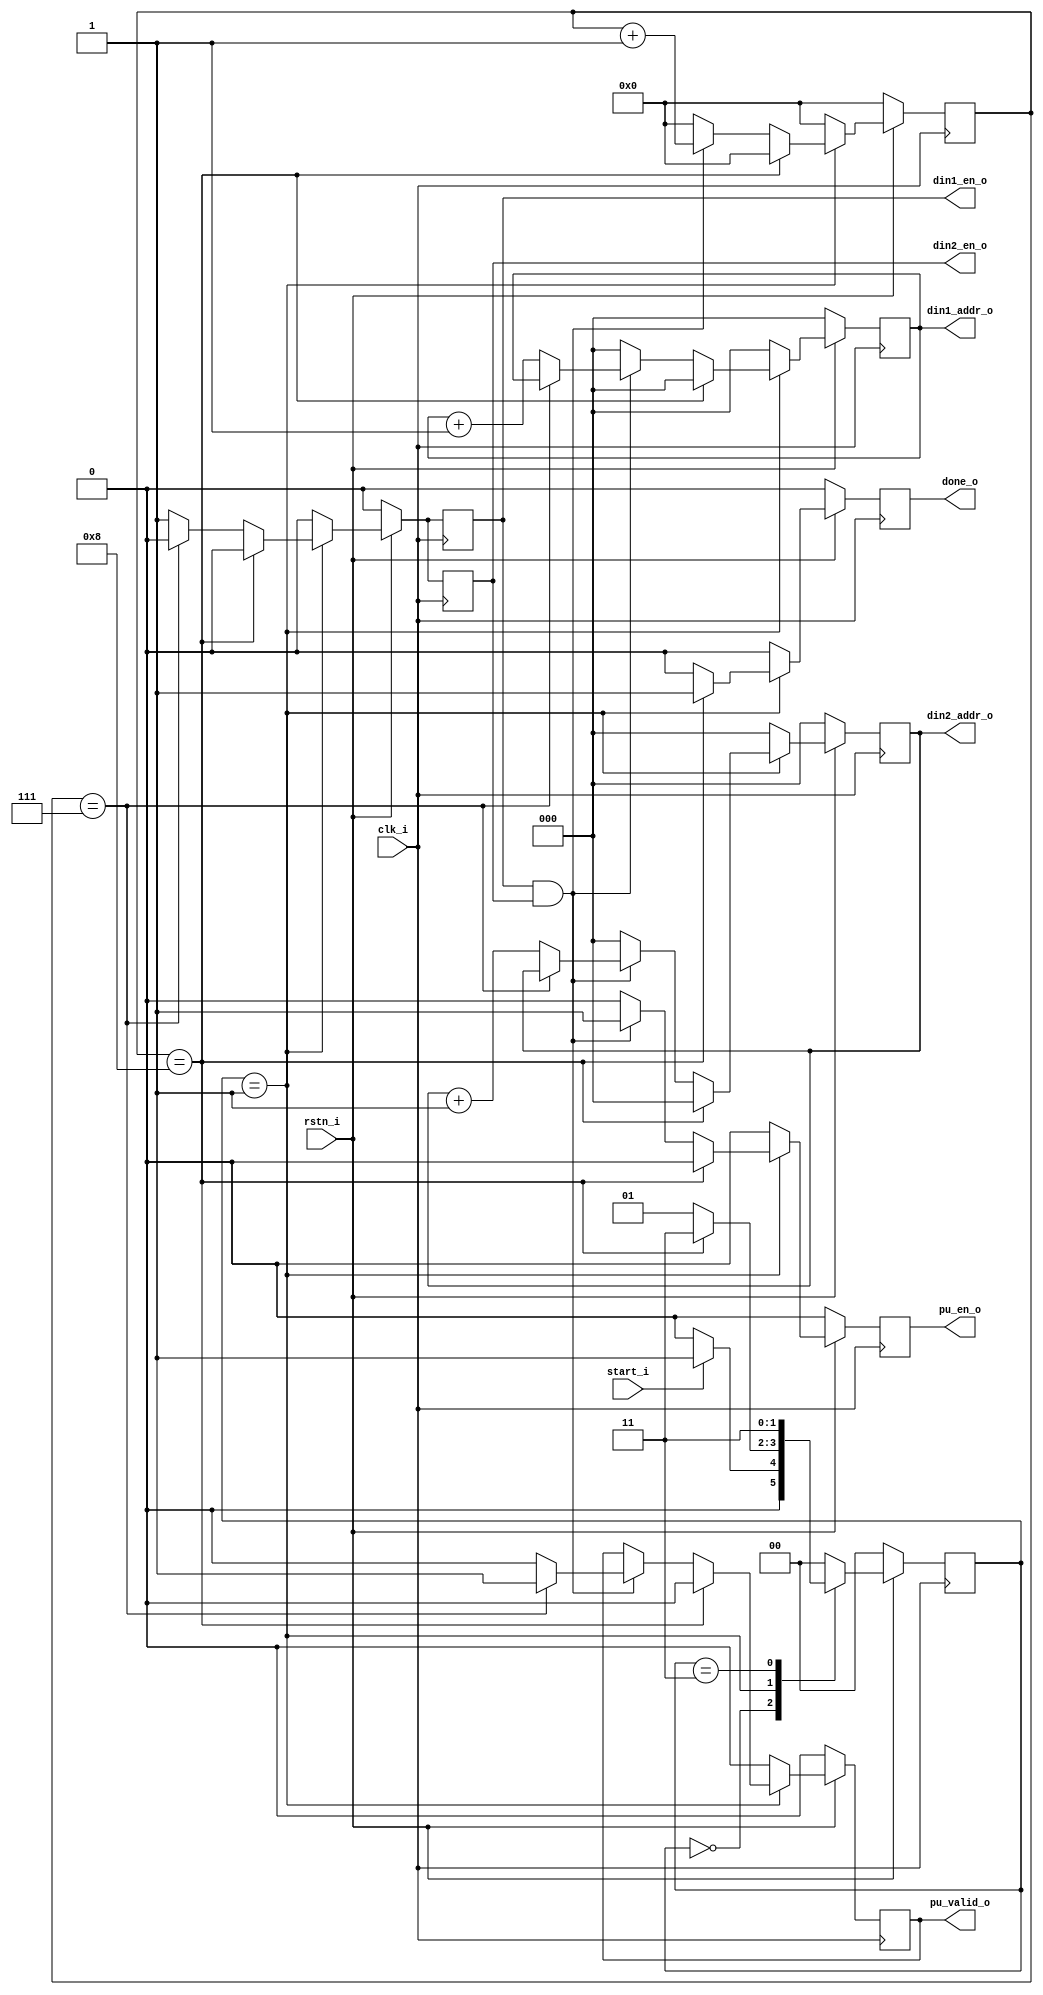
`timescale 1ns / 1ps

module ctrl_fsm #(
    parameter   MAC_NUM     = 1,    // Default MAC Num
    parameter   ELEMENTS    = 8     // Number of elements in matrix
)(
    input wire              clk_i,
    input wire              rstn_i,
    input wire              start_i,
    
    output wire     [2:0]   din1_addr_o,
    output wire             din1_en_o,

    output wire     [2:0]   din2_addr_o,
    output wire             din2_en_o,

    output wire             pu_en_o,
    output wire             pu_valid_o,

    output wire             done_o
);

// CYCLES: Total number of cycles required for computation
localparam CYCLES   = ELEMENTS / MAC_NUM;
localparam CNT_MAC  = $clog2(CYCLES) + 1;

reg     [1:0]           present_state;
reg     [1:0]           next_state;

reg     [CNT_MAC:0]     cnt_mac;
reg                     done;

reg     [2:0]           din1_addr;
reg                     din1_en;

reg     [2:0]           din2_addr;
reg                     din2_en;

reg                     pu_en;
reg                     pu_valid;

localparam   IDLE    =   2'b00;
localparam   RUN     =   2'b01;
localparam   DONE    =   2'b11;

assign  done_o          = done;
assign  din2_addr_o     = din2_addr;
assign  din2_en_o       = din2_en;
assign  din1_addr_o     = din1_addr;
assign  din1_en_o       = din1_en;
assign  pu_en_o        = pu_en;
assign  pu_valid_o     = pu_valid;


// Present state logic
always @(posedge clk_i) begin
    if (!rstn_i) begin
        present_state <= IDLE;  // Set state to IDLE on reset
    end else begin
        present_state <= next_state; // Update state on clock edge
    end
end

// Next state logic
always @(*) begin
    case (present_state)
        IDLE : begin
            if (start_i) begin
                next_state = RUN; // Transition to RUN state on start signal
            end else begin
                next_state = IDLE; // Remain in IDLE state
            end
        end
        RUN : begin
            if (cnt_mac == CYCLES) begin
                next_state = DONE; // Transition to DONE state when counter reaches total cycles
            end else begin
                next_state = RUN; // Remain in RUN state
            end
        end
        DONE : begin
            next_state = DONE; // Remain in DONE state
        end
        default : begin
            next_state = IDLE; // Default to IDLE state
        end
    endcase
end

// Control signals and counter
always @(posedge clk_i) begin
    if (!rstn_i) begin
        cnt_mac <= 0;
        done <= 0;
        din2_addr <= 0;
        din2_en <= 0;
        din1_addr <= 0;
        din1_en <= 0;
        pu_en <= 0;
        pu_valid <= 0;
    end else begin
        case (present_state)
        IDLE : begin
            cnt_mac <= 0;
            done <= 0;
            din2_addr <= 0;
            din2_en <= 0;
            pu_valid <= 0;
            din1_addr <= 0;
            din1_en <= 0;
            pu_en <= 0;
        end
        RUN : begin
            if (cnt_mac == CYCLES) begin
                done <= 1; // Set done signal when computation is complete
                cnt_mac <= 0;
                din2_addr <= 0;
                din2_en <= 0;
                din1_addr <= 0;
                din1_en <= 0;
                pu_en <= 0;
                pu_valid <= 0;
            end else begin
                done <= 0;
                if (din1_en && din2_en) begin
                    pu_en <= 1; // Enable MAC operation
                    cnt_mac <= cnt_mac + 1;
                    if (cnt_mac == CYCLES - 1) begin
                        din1_addr <= din1_addr;
                        din2_addr <= din2_addr;
                        pu_valid <= 1; // Set valid signal on the last cycle
                    end else begin
                        pu_valid <= 0;
                        din1_addr <= din1_addr + 1;
                        din2_addr <= din2_addr + 1;
                    end
                end else begin
                    din1_addr <= 0;
                    din2_addr <= 0;
                    pu_en <= 0;
                    cnt_mac <= 0;
                end

                if (cnt_mac == CYCLES - 1) begin
                    din1_en <= 0;
                    din2_en <= 0;
                end else begin
                    din1_en <= 1;
                    din2_en <= 1;
                end
            end
        end
        DONE : begin
            done <= 0;
            cnt_mac <= 0;
            din2_addr <= 0;
            din2_en <= 0;
            din1_addr <= 0;
            din1_en <= 0;
            pu_valid <= 0;
            pu_en <= 0;
        end
        default : begin
            cnt_mac <= 0;
            done <= 0;
            din2_addr <= 0;
            pu_valid <= 0;
            din2_en <= 0;
            din1_addr <= 0;
            din1_en <= 0;
            pu_en <= 0;
        end
        endcase
    end
end

endmodule